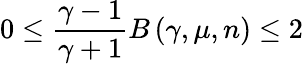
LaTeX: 0\leq\frac{\gamma-1}{\gamma+1}B\left(\gamma,\mu,n\right)\leq 2